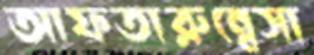
আফতারুন্নেসা